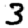
Digit: 3